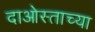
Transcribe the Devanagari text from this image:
दाओस्ताच्या